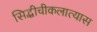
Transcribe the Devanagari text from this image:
सिद्धीचीकलात्यास